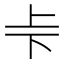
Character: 𠧗